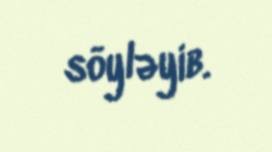
söyləyib.